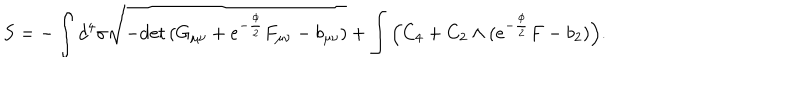
S = - \int d ^ { 4 } \sigma \sqrt { - \mathrm { d e t } \, ( G _ { \mu \nu } + e ^ { - \frac { \phi } { 2 } } F _ { \mu \nu } - b _ { \mu \nu } ) } + \int \Big ( C _ { 4 } + C _ { 2 } \wedge ( e ^ { - \frac { \phi } { 2 } } F - b _ { 2 } ) \Big ) .